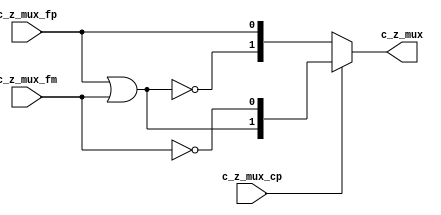
//
// Generated by Bluespec Compiler, version 2014.07.A (build 34078, 2014-07-30)
//
// On Fri Jan 22 01:17:47 IST 2016
//
//
// Ports:
// Name                         I/O  size props
// c_z_mux                        O     2
// c_z_mux_fp                     I     1
// c_z_mux_fm                     I     1
// c_z_mux_cp                     I     1
//
// Combinational paths from inputs to outputs:
//   (c_z_mux_fp, c_z_mux_fm, c_z_mux_cp) -> c_z_mux
//
//

`ifdef BSV_ASSIGNMENT_DELAY
`else
  `define BSV_ASSIGNMENT_DELAY
`endif

`ifdef BSV_POSITIVE_RESET
  `define BSV_RESET_VALUE 1'b1
  `define BSV_RESET_EDGE posedge
`else
  `define BSV_RESET_VALUE 1'b0
  `define BSV_RESET_EDGE negedge
`endif

module module_c_z_mux(c_z_mux_fp,
		      c_z_mux_fm,
		      c_z_mux_cp,
		      c_z_mux);
  // value method c_z_mux
  input  c_z_mux_fp;
  input  c_z_mux_fm;
  input  c_z_mux_cp;
  output [1 : 0] c_z_mux;

  // signals for module outputs
  wire [1 : 0] c_z_mux;

  // remaining internal signals
  wire [1 : 0] res__h25, res__h27;
  wire x__h22;

  // value method c_z_mux
  assign c_z_mux = c_z_mux_cp ? res__h25 : res__h27 ;

  // remaining internal signals
  assign res__h25 = { x__h22, ~c_z_mux_fm } ;
  assign res__h27 = { ~x__h22, c_z_mux_fp } ;
  assign x__h22 = c_z_mux_fp | c_z_mux_fm ;
endmodule  // module_c_z_mux